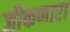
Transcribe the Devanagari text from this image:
जीकणारा